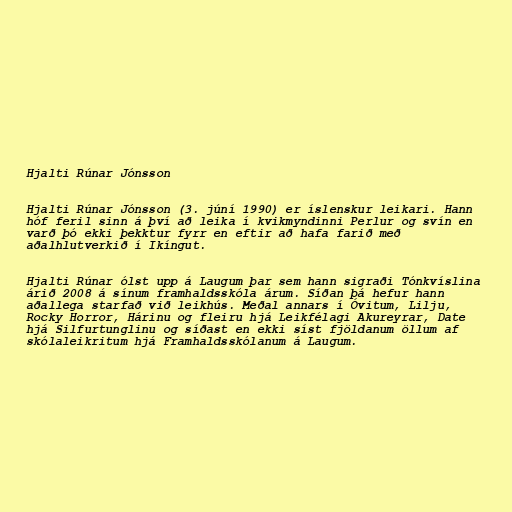
Hjalti Rúnar Jónsson

Hjalti Rúnar Jónsson (3. júní 1990) er íslenskur leikari. Hann
hóf feril sinn á því að leika í kvikmyndinni Perlur og svín en
varð þó ekki þekktur fyrr en eftir að hafa farið með
aðalhlutverkið í Ikíngut.

Hjalti Rúnar ólst upp á Laugum þar sem hann sigraði Tónkvíslina
árið 2008 á sínum framhaldsskóla árum. Síðan þá hefur hann
aðallega starfað við leikhús. Meðal annars í Óvitum, Lilju,
Rocky Horror, Hárinu og fleiru hjá Leikfélagi Akureyrar, Date
hjá Silfurtunglinu og síðast en ekki síst fjöldanum öllum af
skólaleikritum hjá Framhaldsskólanum á Laugum.